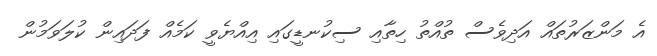
އެ މަންޒަރުތައް އަދިވެސް ތުއްތު ހިތާއި ސިކުނޑީގައި އިއްޔެވީ ކަމެއް ފަދައިން ކުލަވަމުން